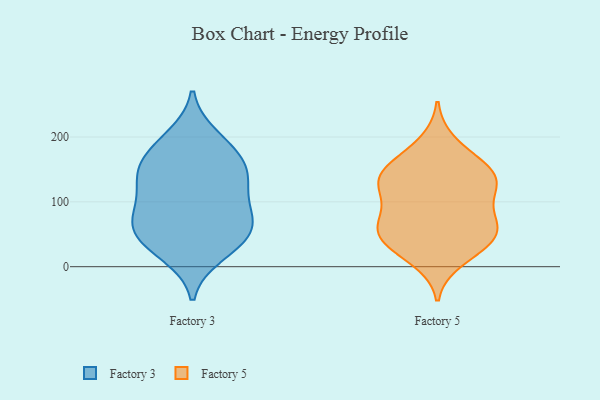
{"axis": {"x": "LTV (USD)", "y": "Value"}, "legend": ["Factory 3", "Factory 5"], "data": [{"x": "", "y": 94, "type": "Factory 3"}, {"x": "", "y": 56, "type": "Factory 3"}, {"x": "", "y": 63, "type": "Factory 3"}, {"x": "", "y": 72, "type": "Factory 3"}, {"x": "", "y": 30, "type": "Factory 3"}, {"x": "", "y": 139, "type": "Factory 3"}, {"x": "", "y": 69, "type": "Factory 3"}, {"x": "", "y": 19, "type": "Factory 3"}, {"x": "", "y": 200, "type": "Factory 3"}, {"x": "", "y": 147, "type": "Factory 3"}, {"x": "", "y": 146, "type": "Factory 3"}, {"x": "", "y": 186, "type": "Factory 3"}, {"x": "", "y": 138, "type": "Factory 3"}, {"x": "", "y": 174, "type": "Factory 3"}, {"x": "", "y": 42, "type": "Factory 3"}, {"x": "", "y": 107, "type": "Factory 3"}, {"x": "", "y": 129, "type": "Factory 5"}, {"x": "", "y": 10, "type": "Factory 5"}, {"x": "", "y": 107, "type": "Factory 5"}, {"x": "", "y": 103, "type": "Factory 5"}, {"x": "", "y": 27, "type": "Factory 5"}, {"x": "", "y": 33, "type": "Factory 5"}, {"x": "", "y": 125, "type": "Factory 5"}, {"x": "", "y": 49, "type": "Factory 5"}, {"x": "", "y": 148, "type": "Factory 5"}, {"x": "", "y": 167, "type": "Factory 5"}, {"x": "", "y": 145, "type": "Factory 5"}, {"x": "", "y": 192, "type": "Factory 5"}, {"x": "", "y": 133, "type": "Factory 5"}, {"x": "", "y": 68, "type": "Factory 5"}, {"x": "", "y": 61, "type": "Factory 5"}, {"x": "", "y": 145, "type": "Factory 5"}, {"x": "", "y": 45, "type": "Factory 5"}, {"x": "", "y": 68, "type": "Factory 5"}, {"x": "", "y": 63, "type": "Factory 5"}]}